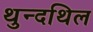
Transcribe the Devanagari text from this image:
थुन्दथिल